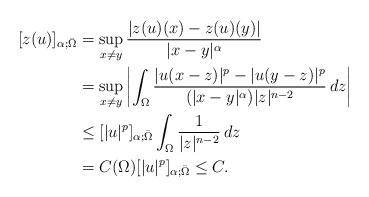
LaTeX: \begin{align*}[z(u)]_{\alpha;\bar{\Omega}}&=\sup_{x\neq y}\frac{|z(u)(x)-z(u)(y)|}{|x-y|^\alpha}\\&=\sup_{x\neq y}\left|\int_{\Omega}\frac{|u(x-z)|^p-|u(y-z)|^p}{(|x-y|^{\alpha})|z|^{n-2}}\,dz\right|\\&\leq [|u|^p]_{\alpha;\bar{\Omega}}\int_{\Omega}\frac{1}{|z|^{n-2}}\,dz\\&=C(\Omega) [|u|^p]_{\alpha;\bar{\Omega}}\leq C.\end{align*}